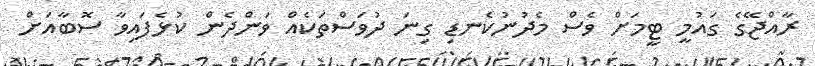
ރާއްޖޭގެ ގައުމީ ޓީމަށް ވެސް މެދުނުކެނޑި ގިނަ ދުވަސްތަކެއް ވަންދެން ކުޅެފައިވާ ސޮބާއަށް